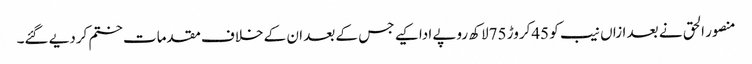
منصور الحق نے بعد ازاں نیب کو 45کروڑ 75لاکھ روپے ادا کیے جس کے بعد ان کے خلاف مقدمات ختم کردیے گئے۔